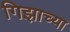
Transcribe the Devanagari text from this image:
गिझाच्या